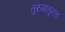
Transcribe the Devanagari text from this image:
तुरुंगातूनच